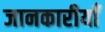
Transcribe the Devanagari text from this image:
जानकारीयाँ